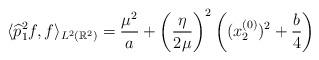
LaTeX: \begin{align*}\langle \widehat{p}_1^2 f ,f \rangle_{L^2 (\mathbb{R}^2)}= \frac{\mu^2}{a} + \left(\frac{\eta}{2 \mu} \right)^2 \left((x_2^{(0)})^2 + \frac{b}{4} \right)\end{align*}